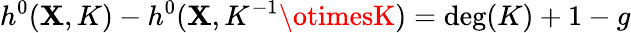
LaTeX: h^{0}(\mathbf{X},K)-h^{0}(\mathbf{X},K^{-1}\otimesK)=\deg(K)+1-g